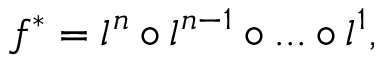
f ^ { * } = l ^ { n } \circ l ^ { n - 1 } \circ . . . \circ l ^ { 1 } ,